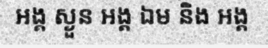
អង្គ ស្ងួន អង្គ ឯម និង អង្គ